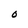
Character: O